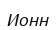
Ионн